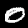
Digit: 0